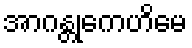
အာဂန္တုကေဟိမေ